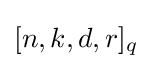
[n,k,d,r]_{q}